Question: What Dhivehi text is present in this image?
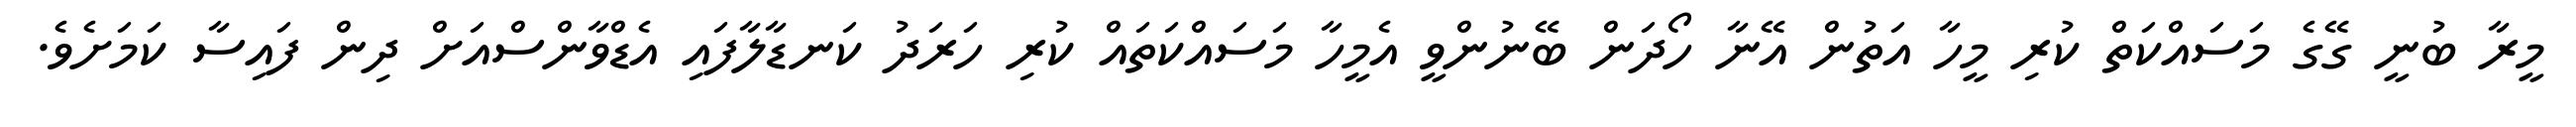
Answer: މީރާ ބުނީ ގޭގެ މަސައްކަތް ކުރި މީހާ އަތުން އޭނާ ހޯދަން ބޭނުންވީ އެމީހާ މަސައްކަތައް ކުރި ހަރަދު ކަނޑާލާފައި އެޑްވާންސްއަށް ދިން ފައިސާ ކަމަށެވެ.